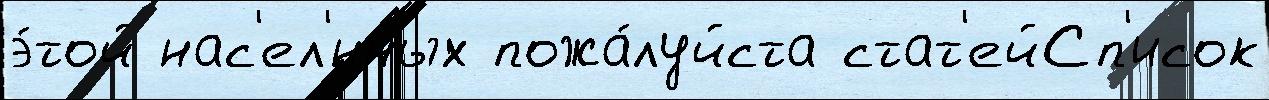
э́той нас'ел'́нных пожа́луйста стат'ейСп'исок